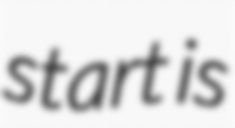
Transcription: start is